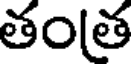
తంత